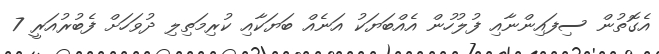
އެގޮތުން ސިފައިންނާއި ފުލުހުން އެއްބަޔަކު އަނެއް ބަޔަކާއި ކުރިމަތިލި ދުވަހަށް ފެބުރުއަރީ 7